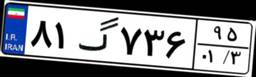
۴۳گ۰۸۶۴۰